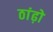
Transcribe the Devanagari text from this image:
ठांढ़ो